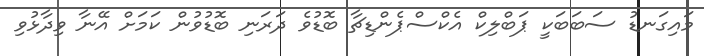
މައިގަނޑު ސަބަބަކީ ޕަބްލިކް އެކްސްޕެންޑިޗާ ބޮޑުވެ ދަރަނި ބޮޑުވުން ކަމަށް އޭނާ ވިދާޅުވި